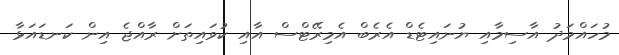
މުހައްމަދު އާސިމާއި ޔުނައިޓެޑް އެރެބް އެމިރޭޓްސް އާއި ކުވައިތަށް ރާއްޖެ އިން ކަނޑައަޅާ